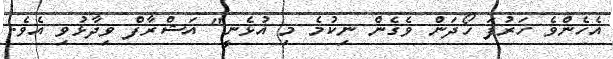
އެހެންވެ ހަރުފަ ހޯދަން ވެގެން ނިކުމެ މި އުޅެނީ" އަޝްރާފް ވިދާޅުވި އެވެ.